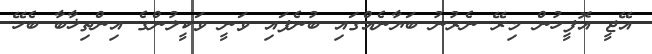
އޭޖީ އޮފީހުން މިރޭ ނެރުނު ބަޔާނެއްގައި ބުނެފައި ވަނީ ވަކީލުންގެ އިންތިޚާބާ ބެހޭ